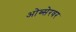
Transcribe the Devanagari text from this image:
ओब्सेरवर